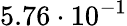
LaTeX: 5.76\cdot 10^{-1}